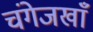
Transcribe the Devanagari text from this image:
चंगेजखाँ